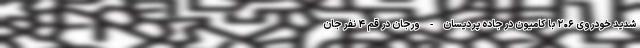
شدید خودروی ۲۰۶ با کامیون در جاده پردیسان - ورجان در قم ۴ نفر جان